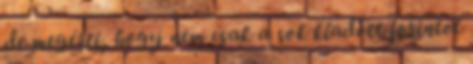
de megérti, hogy nem csak a sok kiadott forintot